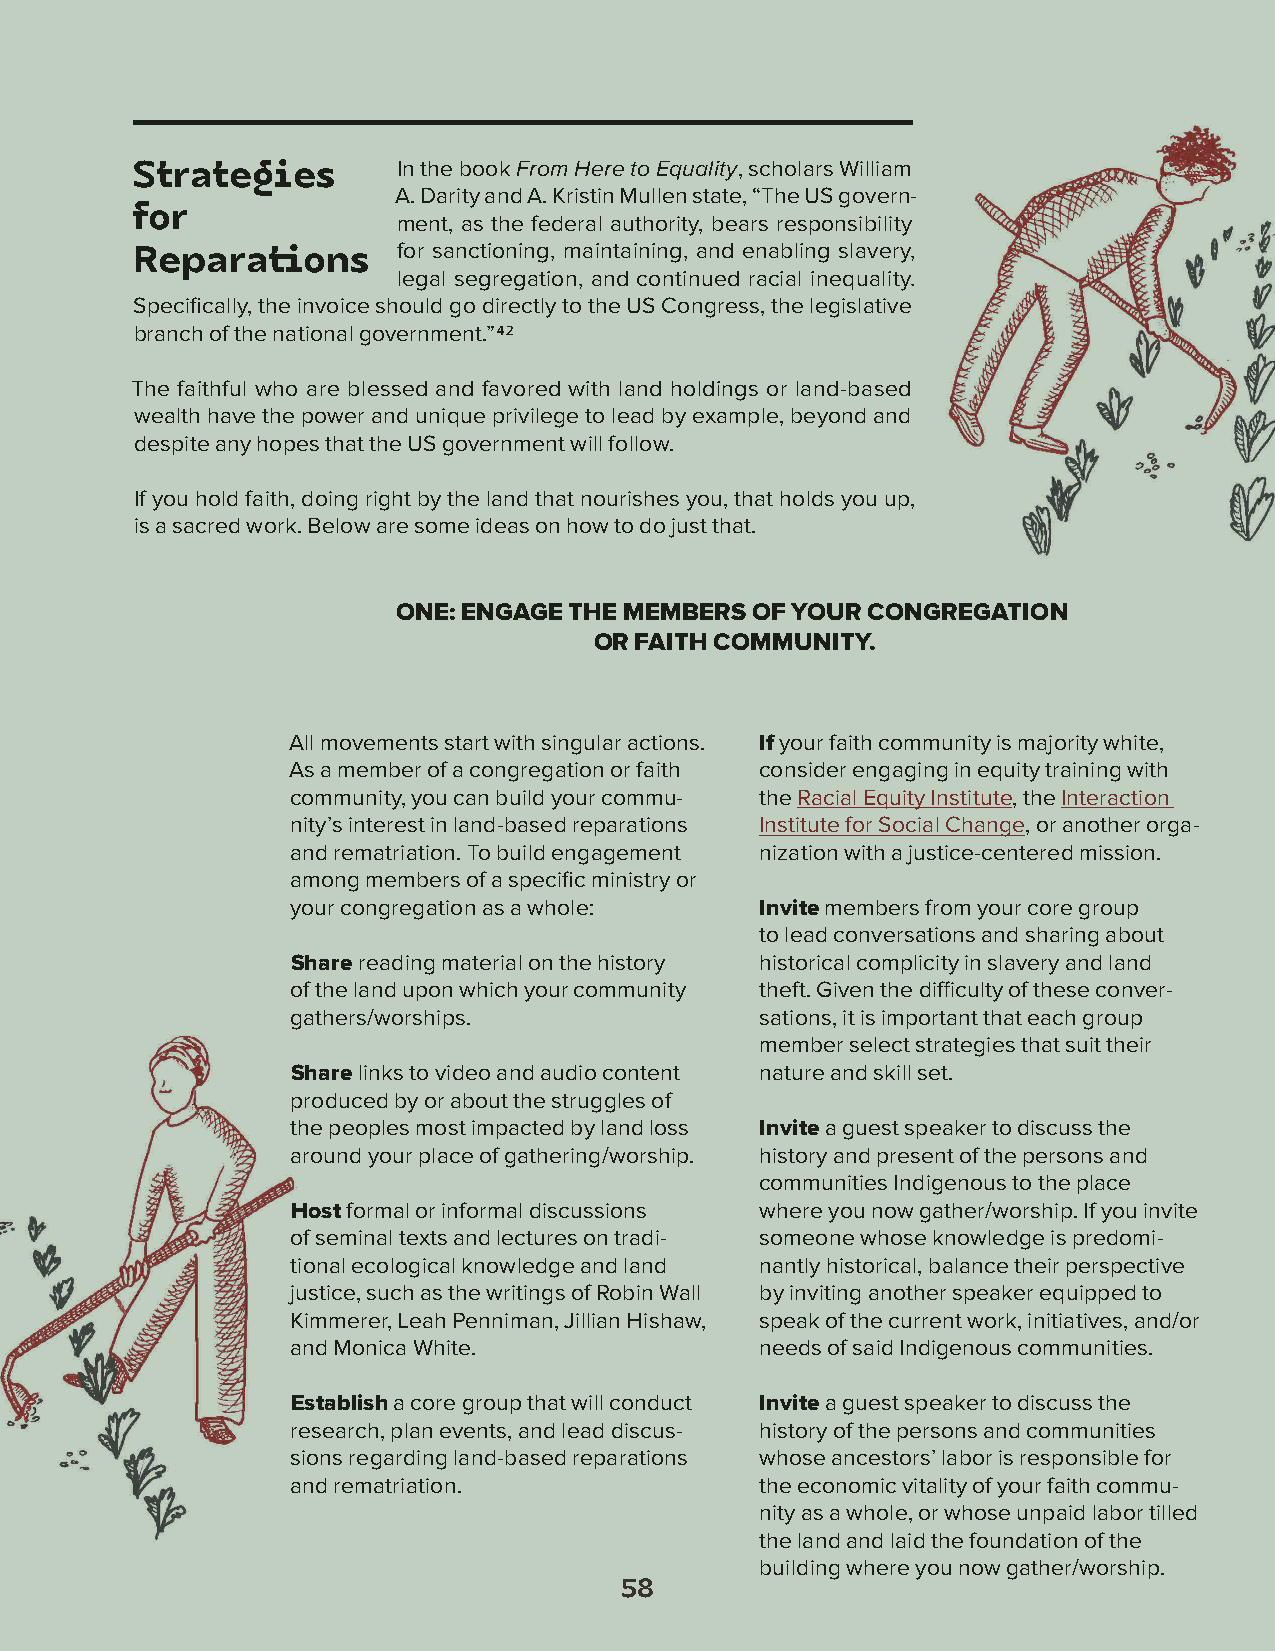
Strategies       In the book From Here to Equality, scholars William
 A. Darity and A. Kristin Mullen state, “The US govern-
 for              ment, as the federal authority, bears responsibility
 for sanctioning, maintaining, and enabling slavery,
 Reparations
 legal segregation, and continued racial inequality.
 Specifically, the invoice should go directly to the US Congress, the legislative
 branch of the national government.”42
 The faithful who are blessed and favored with land holdings or land-based
 wealth have the power and unique privilege to lead by example, beyond and
 despite any hopes that the US government will follow.
 If you hold faith, doing right by the land that nourishes you, that holds you up,
 is a sacred work. Below are some ideas on how to do just that.
 ONE: ENGAGE THE MEMBERS OF YOUR CONGREGATION
 OR FAITH COMMUNITY.
 All movements start with singular actions. If your faith community is majority white,
 As a member of a congregation or faith consider engaging in equity training with
 community, you can build your commu- the Racial Equity Institute, the Interaction
 nity’s interest in land-based reparations Institute for Social Change, or another orga-
 and rematriation. To build engagement nization with a justice-centered mission.
 among members of a specific ministry or
 your congregation as a whole:  Invite members from your core group
 to lead conversations and sharing about
 Share reading material on the history historical complicity in slavery and land
 of the land upon which your community theft. Given the difficulty of these conver-
 gathers/worships.              sations, it is important that each group
 member select strategies that suit their
 Share links to video and audio content nature and skill set.
 produced by or about the struggles of
 the peoples most impacted by land loss Invite a guest speaker to discuss the
 around your place of gathering/worship. history and present of the persons and
 communities Indigenous to the place
 Host formal or informal discussions where you now gather/worship. If you invite
 of seminal texts and lectures on tradi- someone whose knowledge is predomi-
 tional ecological knowledge and land nantly historical, balance their perspective
 justice, such as the writings of Robin Wall by inviting another speaker equipped to
 Kimmerer, Leah Penniman, Jillian Hishaw, speak of the current work, initiatives, and/or
 and Monica White.              needs of said Indigenous communities.
 Establish a core group that will conduct Invite a guest speaker to discuss the
 research, plan events, and lead discus- history of the persons and communities
 sions regarding land-based reparations whose ancestors’ labor is responsible for
 and rematriation.              the economic vitality of your faith commu-
 nity as a whole, or whose unpaid labor tilled
 the land and laid the foundation of the
 building where you now gather/worship.
 58